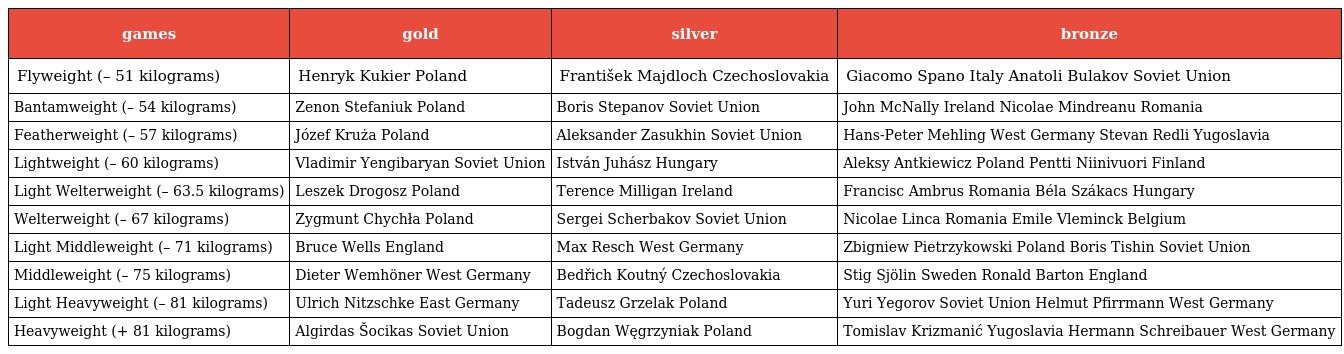
| games | gold | silver | bronze |
 | --- | --- | --- | --- |
 | Flyweight (– 51 kilograms) | Henryk Kukier Poland | František Majdloch Czechoslovakia | Giacomo Spano Italy Anatoli Bulakov Soviet Union |
 | Bantamweight (– 54 kilograms) | Zenon Stefaniuk Poland | Boris Stepanov Soviet Union | John McNally Ireland Nicolae Mindreanu Romania |
 | Featherweight (– 57 kilograms) | Józef Kruża Poland | Aleksander Zasukhin Soviet Union | Hans-Peter Mehling West Germany Stevan Redli Yugoslavia |
 | Lightweight (– 60 kilograms) | Vladimir Yengibaryan Soviet Union | István Juhász Hungary | Aleksy Antkiewicz Poland Pentti Niinivuori Finland |
 | Light Welterweight (– 63.5 kilograms) | Leszek Drogosz Poland | Terence Milligan Ireland | Francisc Ambrus Romania Béla Szákacs Hungary |
 | Welterweight (– 67 kilograms) | Zygmunt Chychła Poland | Sergei Scherbakov Soviet Union | Nicolae Linca Romania Emile Vleminck Belgium |
 | Light Middleweight (– 71 kilograms) | Bruce Wells England | Max Resch West Germany | Zbigniew Pietrzykowski Poland Boris Tishin Soviet Union |
 | Middleweight (– 75 kilograms) | Dieter Wemhöner West Germany | Bedřich Koutný Czechoslovakia | Stig Sjölin Sweden Ronald Barton England |
 | Light Heavyweight (– 81 kilograms) | Ulrich Nitzschke East Germany | Tadeusz Grzelak Poland | Yuri Yegorov Soviet Union Helmut Pfirrmann West Germany |
 | Heavyweight (+ 81 kilograms) | Algirdas Šocikas Soviet Union | Bogdan Węgrzyniak Poland | Tomislav Krizmanić Yugoslavia Hermann Schreibauer West Germany |